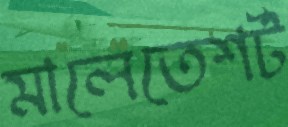
মালেতেশর্ট